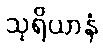
သုရိယာနံ